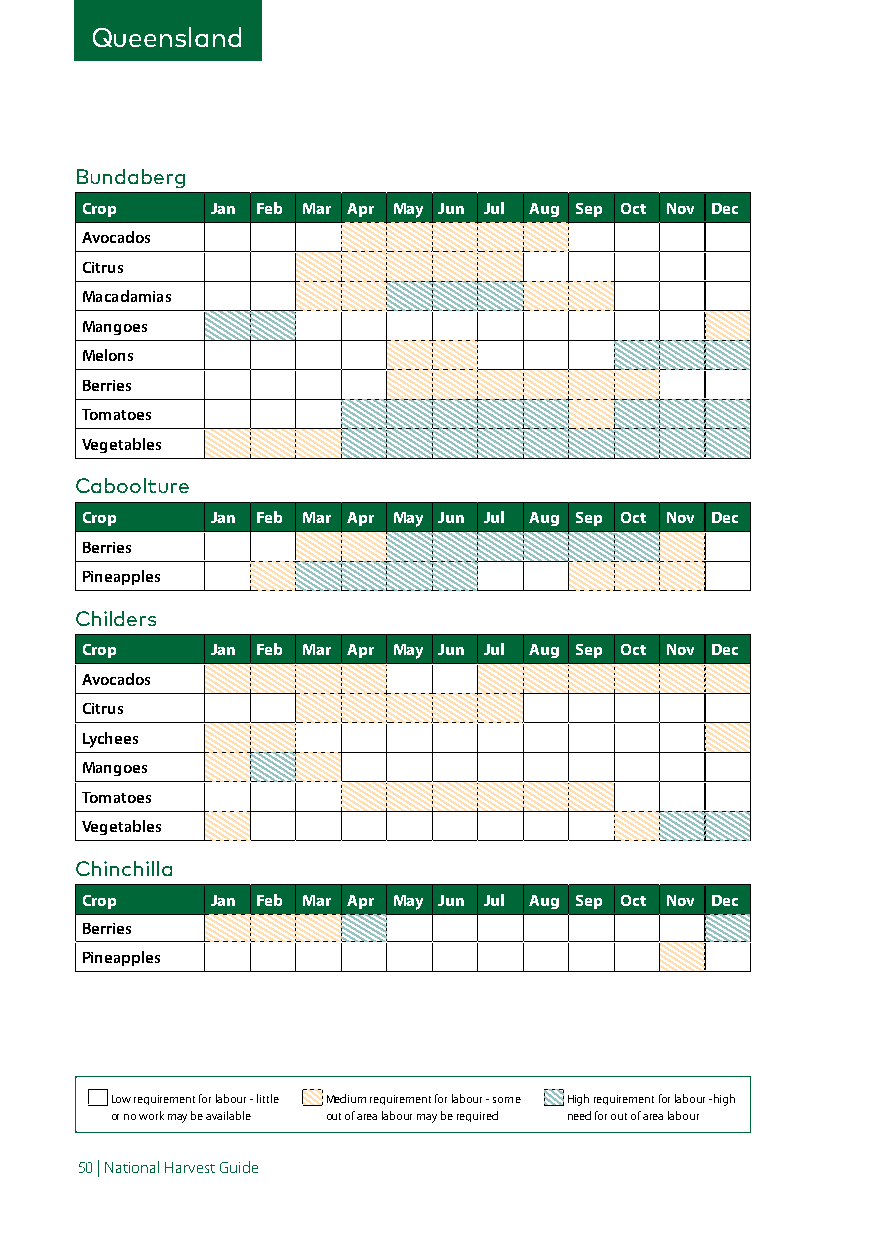
Queensland
 Bundaberg
 Crop     Jan Feb Mar Apr May Jun Jul Aug Sep Oct Nov Dec
 Avocados
 Citrus
 Macadamias
 Mangoes
 Melons
 Berries
 Tomatoes
 Vegetables
 Caboolture
 Crop     Jan Feb Mar Apr May Jun Jul Aug Sep Oct Nov Dec
 Berries
 Pineapples
 Childers
 Crop     Jan Feb Mar Apr May Jun Jul Aug Sep Oct Nov Dec
 Avocados
 Citrus
 Lychees
 Mangoes
 Tomatoes
 Vegetables
 Chinchilla
 Crop     Jan Feb Mar Apr May Jun Jul Aug Sep Oct Nov Dec
 Berries
 Pineapples
 Low requirement for labour - little Medium requirement for labour - some High requirement for labour -high
 or no work may be available out of area labour may be required need for out of area labour
 50 | National Harvest Guide